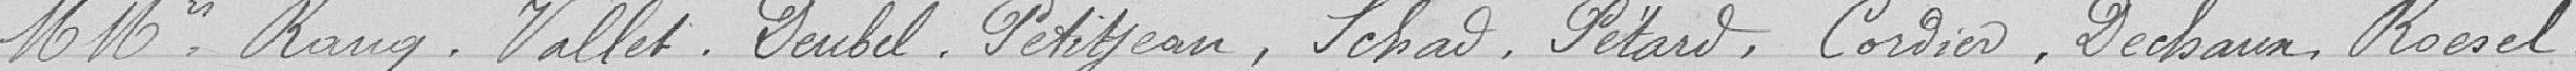
M Mrs Rang, Vallet, Deubel, Petitjean, Schad, Pétard, Cordier, Dechaux, Roesel,